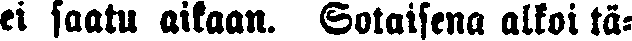
ei saatu aikaan. Sotaisena alkoi tä-